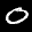
Label: 0